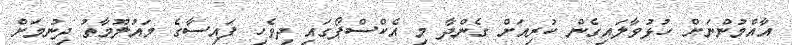
އާއްމުންނަށް ހުޅުވާލައިގެން ކުރިއަށް ގެންދާ މި އެކްސްޕޯގައި ދިވެހި ފައިސާގެ މައުލޫމާތު ދިނުމަށް